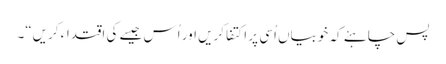
پس چاہئے کہ خوبیاں اُسی پر اکتفا کریں اور اُس جیسے کی اقتداء کریں“۔